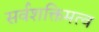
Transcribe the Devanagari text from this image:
सर्वशक्तिमत्व